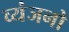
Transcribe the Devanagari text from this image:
व्‍यंजनो